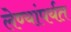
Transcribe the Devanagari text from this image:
लेण्यांपर्यत